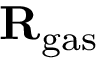
\mathbf { R } _ { \mathrm { g a s } }